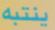
ينتبه